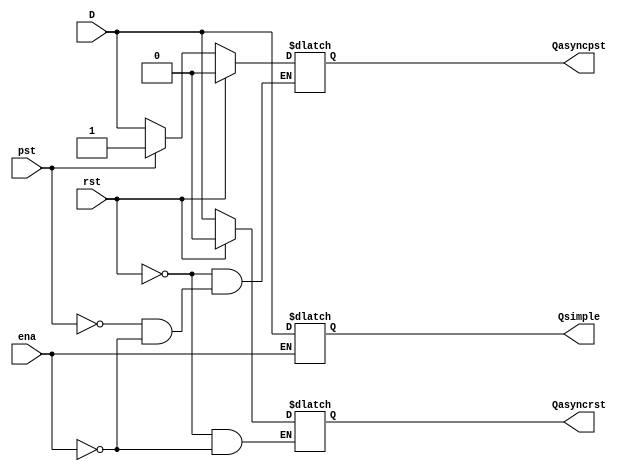
module DLatch(
	input D, ena, rst, pst,
	output reg Qsimple, Qasyncrst, Qasyncpst
	);

always @(D, ena)
	if (ena == 1'b1)
		Qsimple <= D;

always @(D, ena, rst)begin
	if (rst == 1'b1)
		Qasyncrst <= 1'b0;
	else if (ena == 1'b1)
		Qasyncrst <= D;
end

always @(D, ena, rst, pst)begin
	if (rst == 1'b1)
		Qasyncpst <= 1'b0;
	else if (pst == 1'b1)
		Qasyncpst <= 1'b1;
	else if (ena == 1'b1)
		Qasyncpst <= D;
end

endmodule